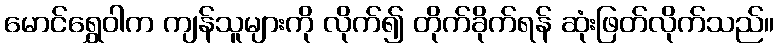
မောင်ရွှေဝါက ကျန်သူများကို လိုက်၍ တိုက်ခိုက်ရန် ဆုံးဖြတ်လိုက်သည်။